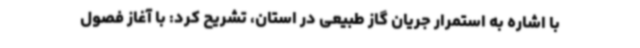
با اشاره به استمرار جریان گاز طبیعی در استان، تشریح کرد: با آغاز فصول